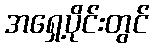
အရှေ့ပိုင်းတွင်